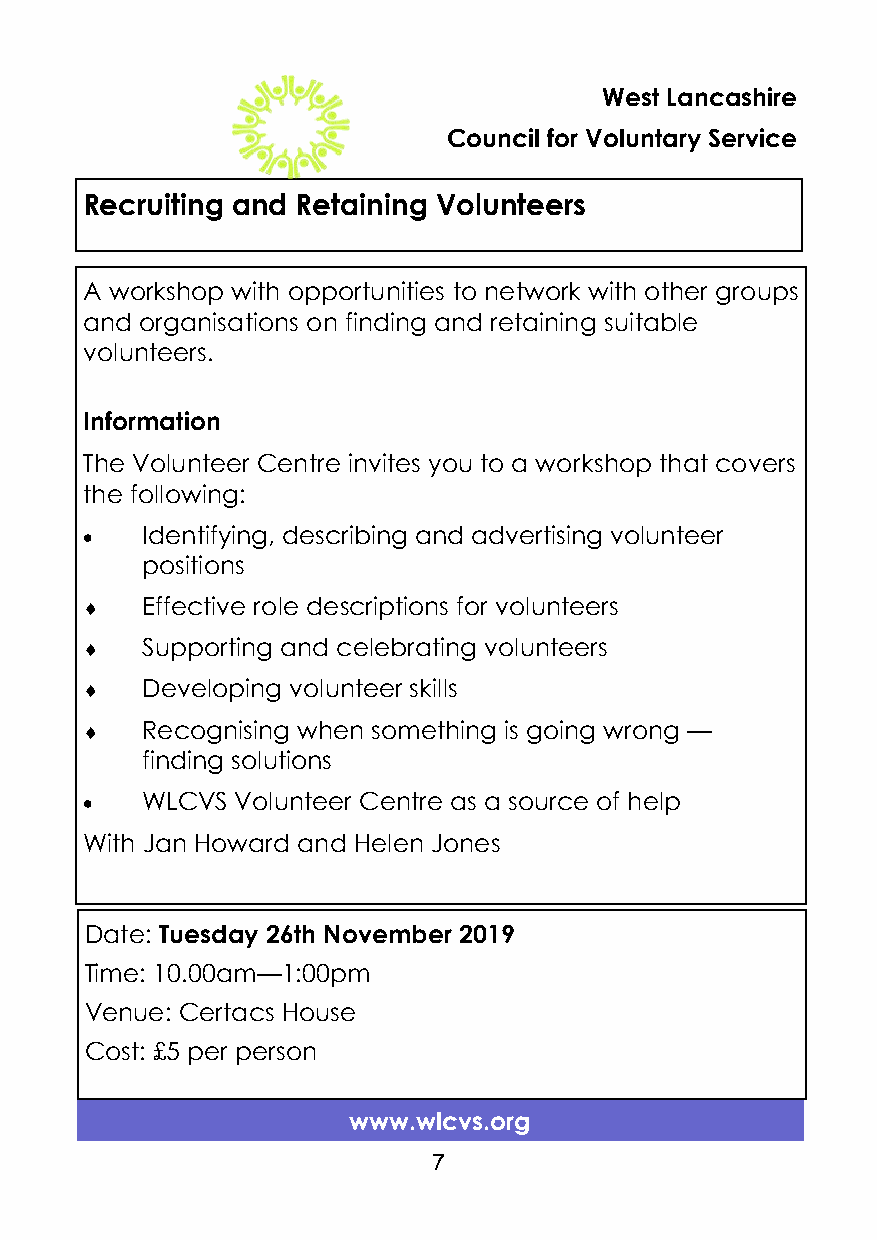
West Lancashire
 Council for Voluntary Service
 Recruiting and Retaining Volunteers
 A workshop with opportunities to network with other groups
 and organisations on finding and retaining suitable
 volunteers.
 Information
 The Volunteer Centre invites you to a workshop that covers
 the following:
    Identifying, describing and advertising volunteer
 positions
    Effective role descriptions for volunteers
    Supporting and celebrating volunteers
    Developing volunteer skills
    Recognising when something is going wrong —
 finding solutions
    WLCVS  Volunteer Centre as a source of help
 With Jan Howard and Helen Jones
 Date: Tuesday 26th November 2019
 Time: 10.00am—1:00pm
 Venue: Certacs House
 Cost: £5 per person
 www.wlcvs.org
 7